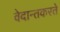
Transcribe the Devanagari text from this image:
वेदान्तकरते